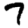
Digit: 7